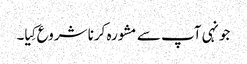
جونہی آپ سے مشورہ کرنا شروع کِیا۔